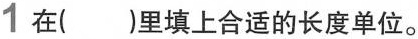
1 在（ ）里填上合适的长度单位。